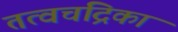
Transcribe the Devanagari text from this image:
तत्वचंद्रिका